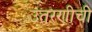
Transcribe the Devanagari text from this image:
उतरणीची